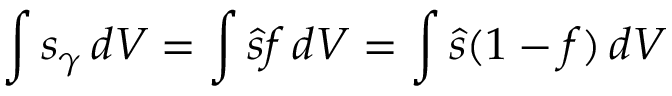
\int s _ { \gamma } \, d V = \int \hat { s } f \, d V = \int \hat { s } ( 1 - f ) \, d V